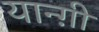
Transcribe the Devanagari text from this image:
यान्ग़ी